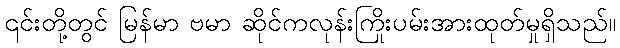
၎င်းတို့တွင် မြန်မာ ဗမာ ဆိုင်ကလုန်းကြိုးပမ်းအားထုတ်မှုရှိသည်။